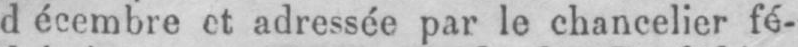
décembre et adressée par le chancelier fé-